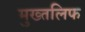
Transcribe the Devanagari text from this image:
मुख्तलिफ